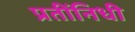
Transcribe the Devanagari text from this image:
प्रतींनिधी